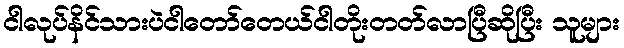
ငါလုပ်နိင်သားပဲငါတော်တေယ်ငါတိုးတတ်လာပြီဆိုပြီး သူများ